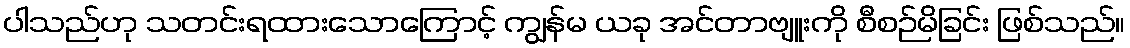
ပါသည်ဟု သတင်းရထားသောကြောင့် ကျွန်မ ယခု အင်တာဗျူးကို စီစဉ်မိခြင်း ဖြစ်သည်။